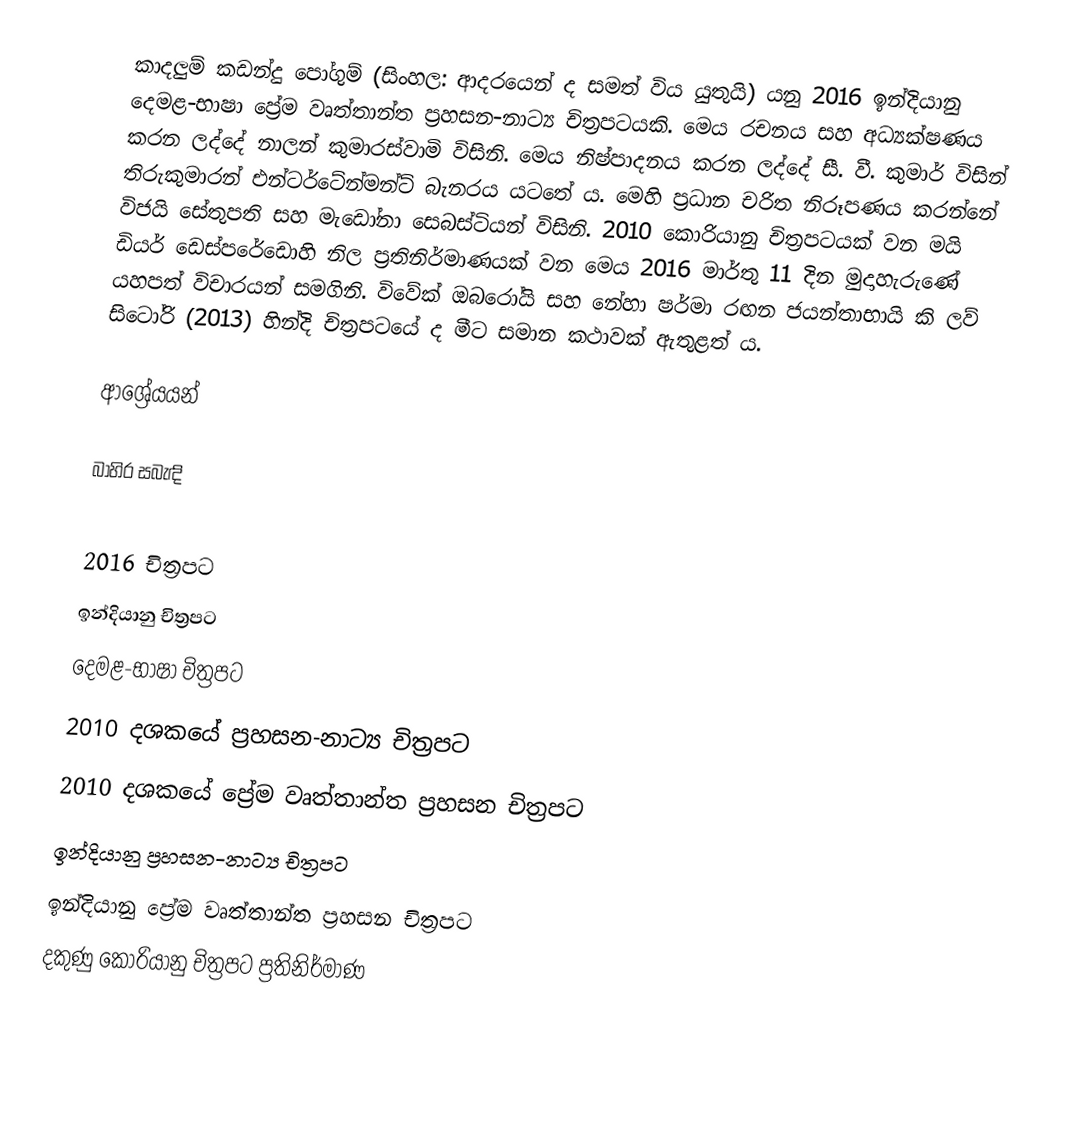
කාදලුම් කඩන්දු පෝගුම් (සිංහල: ආදරයෙන් ද සමත් විය යුතුයි) යනු 2016 ඉන්දියානු දෙමළ-භාෂා ප්‍රේම වෘත්තාන්ත ප්‍රහසන-නාට්‍ය චිත්‍රපටයකි. මෙය රචනය සහ අධ්‍යක්ෂණය කරන ලද්දේ නාලන් කුමාරස්වාමි විසිනි. මෙය නිෂ්පාදනය කරන ලද්දේ සී. වී. කුමාර් විසින් තිරුකුමාරන් එන්ටර්ටේන්මන්ට් බැනරය යටතේ ය. මෙහි ප්‍රධාන චරිත නිරූපණය කරන්නේ විජයි සේතුපති සහ මැඩෝනා සෙබස්ටියන් විසිනි. 2010 කොරියානු චිත්‍රපටයක් වන මයි ඩියර් ඩෙස්පරේඩොහි නිල ප්‍රතිනිර්මාණයක් වන මෙය 2016 මාර්තු 11 දින මුදාහැරුණේ යහපත් විචාරයන් සමගිනි. විවේක් ඔබරෝයි සහ නේහා ෂර්මා රඟන ජයන්තාභායි කි ලව් සිටෝරි (2013) හින්දි චිත්‍රපටයේ ද මීට සමාන කථාවක් ඇතුළත් ය.

ආශ්‍රේයයන්

බාහිර සබැඳි

2016 චිත්‍රපට
ඉන්දියානු චිත්‍රපට
දෙමළ-භාෂා චිත්‍රපට
2010 දශකයේ ප්‍රහසන-නාට්‍ය චිත්‍රපට
2010 දශකයේ ප්‍රේම වෘත්තාන්ත ප්‍රහසන චිත්‍රපට
ඉන්දියානු ප්‍රහසන-නාට්‍ය චිත්‍රපට
ඉන්දියානු ප්‍රේම වෘත්තාන්ත ප්‍රහසන චිත්‍රපට
දකුණු කොරියානු චිත්‍රපට ප්‍රතිනිර්මාණ